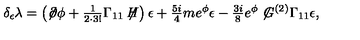
\delta _ { \epsilon } \lambda = \left( \not \! \partial \phi + { \textstyle \frac { 1 } { 2 \cdot 3 ! } } \Gamma _ { 1 1 } \not \! \! H \right) \epsilon + { \textstyle \frac { 5 i } { 4 } } m e ^ { \phi } \epsilon - { \textstyle \frac { 3 i } { 8 } } e ^ { \phi } \not \! G ^ { ( 2 ) } \Gamma _ { 1 1 } \epsilon ,